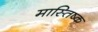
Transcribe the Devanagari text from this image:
मास्तिष्क